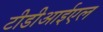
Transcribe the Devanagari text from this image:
टीडीआईएल